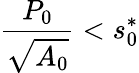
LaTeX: \frac{P_{0}}{\sqrt{A_{0}}}<s_{0}^{{*}}